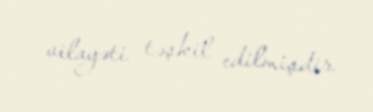
vilayəti təşkil edilmişdir.